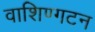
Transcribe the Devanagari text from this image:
वाशिण्गटन